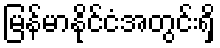
မြန်မာနိုင်ငံအတွင်းရှိ